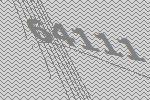
64111